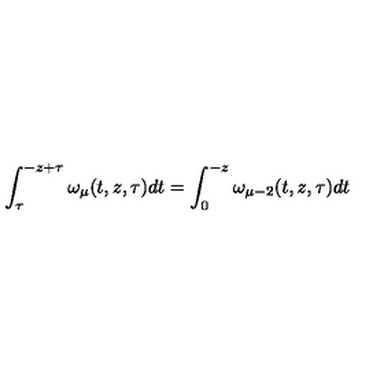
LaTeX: \int _ { \tau } ^ { - z + \tau } \omega _ { \mu } ( t , z , \tau ) d t = \int _ { 0 } ^ { - z } \omega _ { \mu - 2 } ( t , z , \tau ) d t